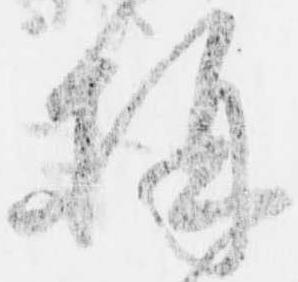
構